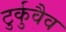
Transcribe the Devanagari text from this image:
टुर्कुवैव